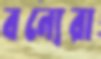
বন্যেরা